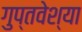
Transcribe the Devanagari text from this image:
गुप्तवेश्या